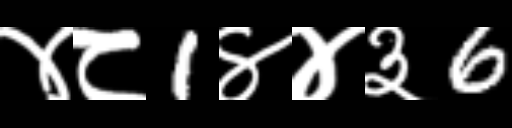
Text: ४८1४४३6